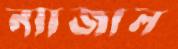
ন্যাজাল